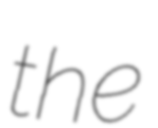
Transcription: the